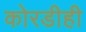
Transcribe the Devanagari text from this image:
कोरडीही